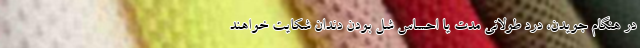
در هنگام جویدن، درد طولانی مدت یا احساس شل بودن دندان شکایت خواهند